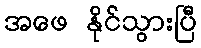
အဖေ နိုင်သွားပြီ